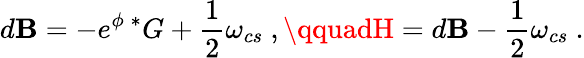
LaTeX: d\mathbf{B}=-e^{\phi}{\, }{^*G}+\frac{{1}}{{2}}\omega_{cs}\ ,\qquadH=d\mathbf{B}-\frac{{1}}{{2}}\omega_{cs}\ .